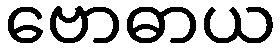
ဗောဓာယ